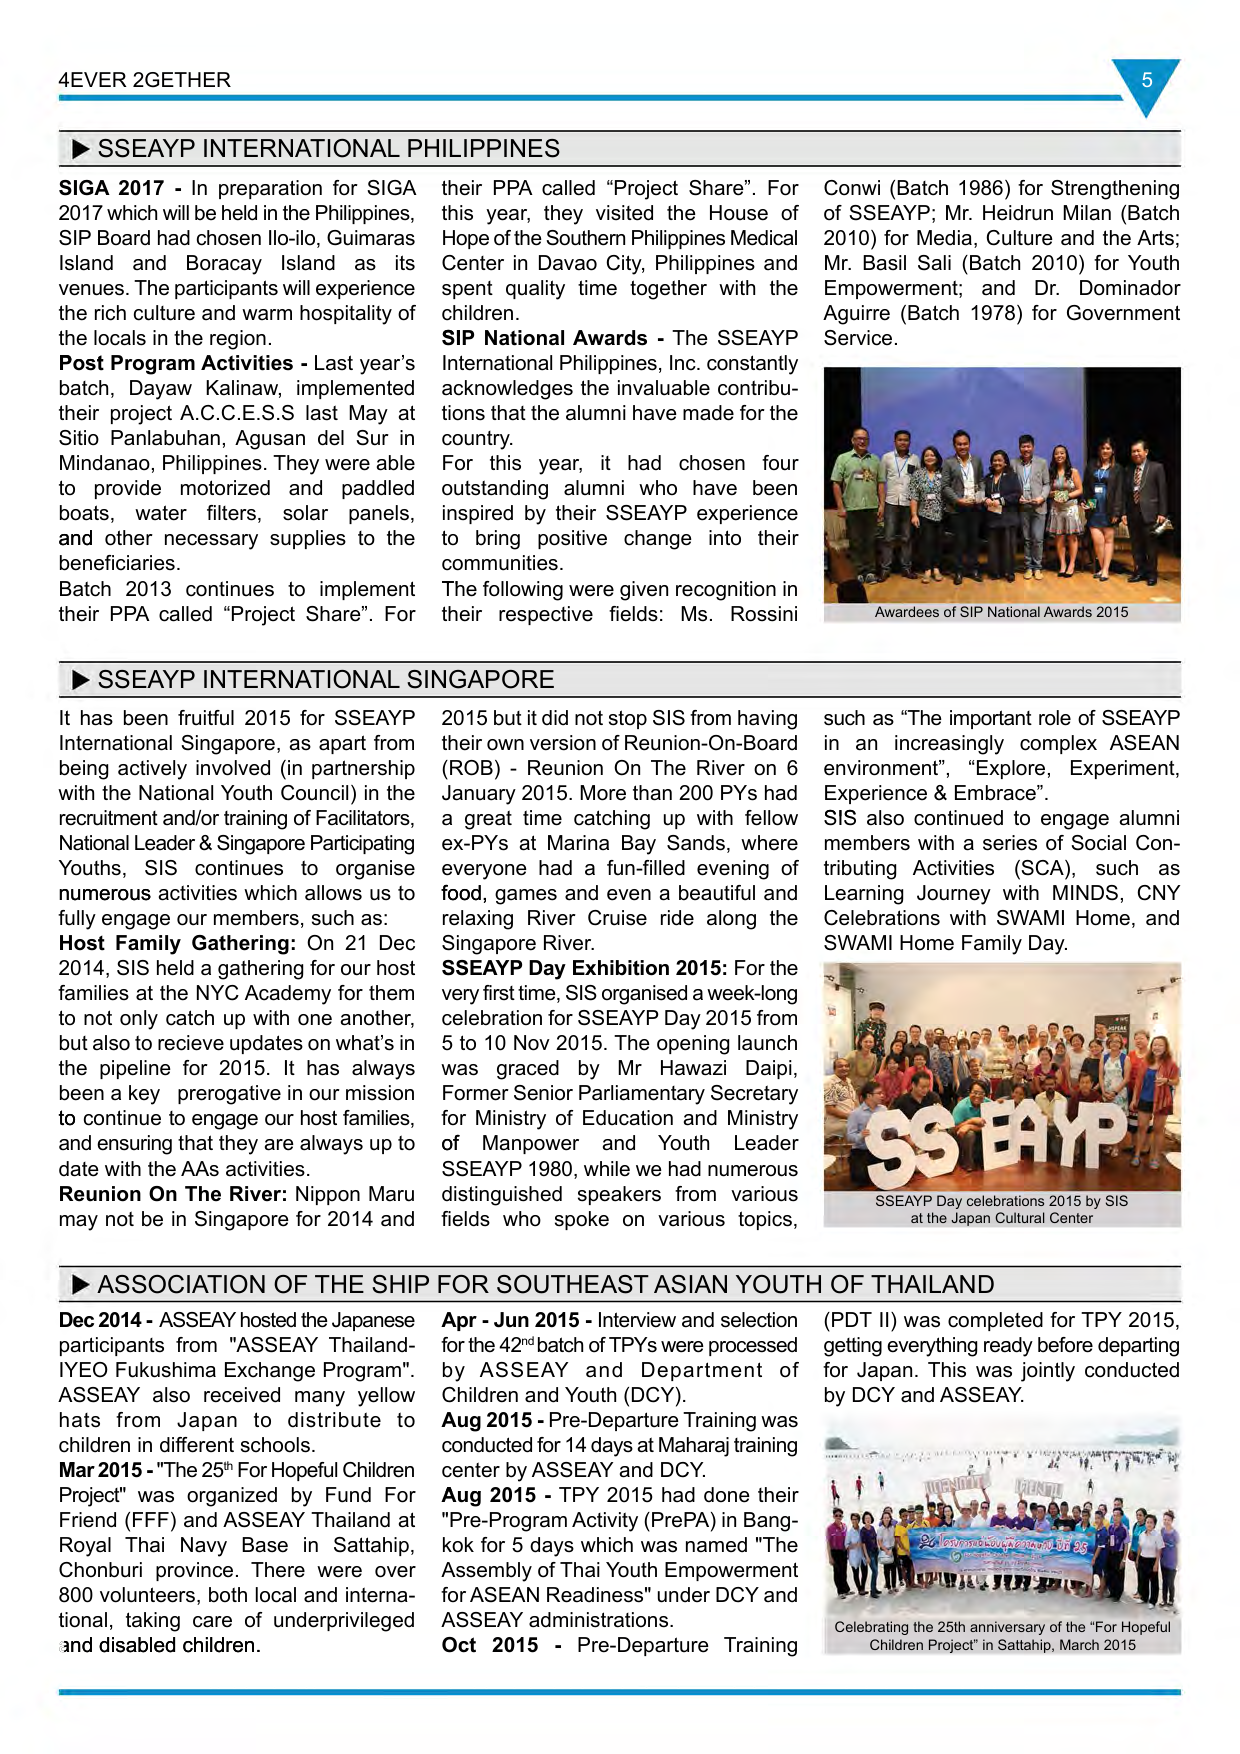
4EVER 2GETHER

▶ SSEAYP INTERNATIONAL PHILIPPINES

SIGA 2017 - In preparation for SIGA 2017 which will be held in the Philippines, SIP Board had chosen Ilo-Ilo, Guimaras Island and Boracay Island as its venues. The participants will experience the rich culture and warm hospitality of the locals in the region.

Post Program Activities - Last year's batch, Dayaw Kalinaw, implemented their project A.C.C.E.S.S last May at Sitio Panlabuhan, Agusan del Sur in Mindanao, Philippines. They were able to provide motorized and paddled boats, water filters, solar panels, and other necessary supplies to the beneficiaries.

Batch 2013 continues to implement their PPA called "Project Share". For this year, they visited the House of Hope of the Southern Philippines Medical Center in Davao City, Philippines and spent quality time together with the children.

SIP National Awards - The SSEAYP International Philippines, Inc. constantly acknowledges the invaluable contributions that the alumni have made for the country.

For this year, it had chosen four outstanding alumni who have been inspired by their SSEAYP experience to bring positive change into their communities.

The following were given recognition in their respective fields: Ms. Rossini Conwi (Batch 1986) for Strengthening of SSEAYP; Mr. Heidrun Milan (Batch 2010) for Media, Culture and the Arts; Mr. Basil Sali (Batch 2010) for Youth Empowerment; and Dr. Dominador Aguirre (Batch 1978) for Government Service.

Awardees of SIP National Awards 2015

▶ SSEAYP INTERNATIONAL SINGAPORE

It has been fruitful 2015 for SSEAYP International Singapore, as apart from being actively involved (in partnership with the National Youth Council) in the recruitment and/or training of Facilitators, National Leader & Singapore Participating Youths, SIS continues to organise numerous activities which allows us to fully engage our members, such as:

Host Family Gathering: On 21 Dec 2014, SIS held a gathering for our host families at the NYC Academy for them to not only catch up with one another, but also to receive updates on what’s in the pipeline for 2015. It has always been a key prerogative in our mission to continue to engage our host families, and ensuring that they are always up to date with the AAs activities.

Reunion On The River: Nippon Maru may not be in Singapore for 2014 and 2015 but it did not stop SIS from having their own version of Reunion-On-Board (ROB) - Reunion On The River on 6 January 2015. More than 200 PYs had a great time catching up with fellow ex-PYs at Marina Bay Sands, where everyone had a fun-filled evening of food, games and even a beautiful and relaxing River Cruise ride along the Singapore River.

SSEAYP Day Exhibition 2015: For the very first time, SIS organised a week-long celebration for SSEAYP Day 2015 from 5 to 10 Nov 2015. The opening launch was graced by Mr Hawazi Daipi, Former Senior Parliamentary Secretary for Ministry of Education and Ministry of Manpower and Youth Leader SSEAYP 1980, while we had numerous distinguished speakers from various fields who spoke on various topics, such as “The important role of SSEAYP in an increasingly complex ASEAN environment”, “Explore, Experiment, Experience & Embrace”.

SIS also continued to engage alumni members with a series of Social Contributing Activities (SCA), such as Learning Journey with MINDS, CNY Celebrations with SWAMI Home, and SWAMI Home Family Day.

SSEAYP Day celebrations 2015 by SIS at the Japan Cultural Center

▶ ASSOCIATION OF THE SHIP FOR SOUTHEAST ASIAN YOUTH OF THAILAND

Dec 2014 - ASSEAY hosted the Japanese participants from "ASSEAY Thailand-IYEO Fukushima Exchange Program". ASSEAY also received many yellow hats from Japan to distribute to children in different schools.

Mar 2015 - "The 25th For Hopeful Children Project" was organized by Fund For Friend (FFF) and ASSEAY Thailand at Royal Thai Navy Base in Sattahip, Chonburi province. There were over 800 volunteers, both local and international, taking care of underprivileged and disabled children.

Apr - Jun 2015 - Interview and selection for the 42nd batch of TPYs were processed by ASSEAY and Department of Children and Youth (DCY).

Aug 2015 - Pre-Departure Training was conducted for 14 days at Maharaj training center by ASSEAY and DCY.

Aug 2015 - TPY 2015 had done their "Pre-Program Activity (PrePA) in Bangkok for 5 days which was named "The Assembly of Thai Youth Empowerment for ASEAN Readiness" under DCY and ASSEAY administrations.

Oct 2015 - Pre-Departure Training (PDT II) was completed for TPY 2015, getting everything ready before departing for Japan. This was jointly conducted by DCY and ASSEAY.

Celebrating the 25th anniversary of the "For Hopeful Children Project" in Sattahip, March 2015

5